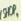
shop